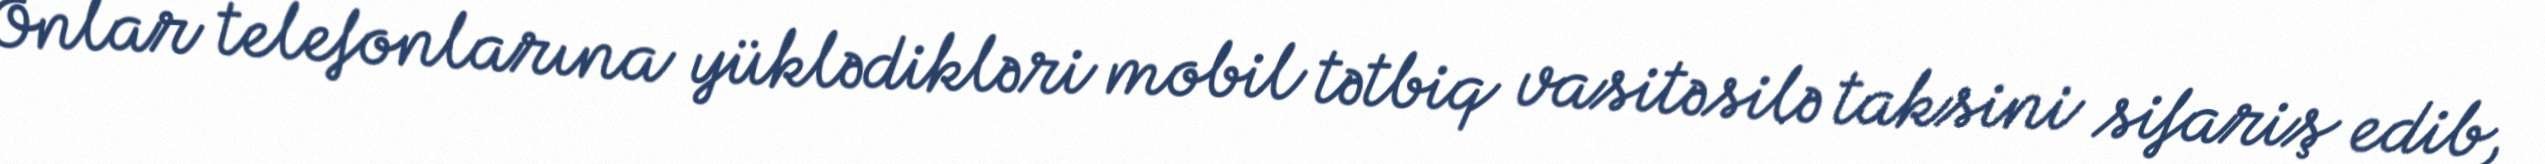
Onlar telefonlarına yüklədikləri mobil tətbiq vasitəsilə taksini sifariş edib,